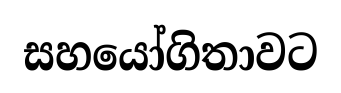
සහයෝගිතාවට